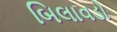
બિલાવડો